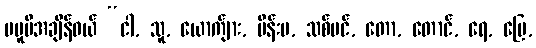
မမူမီအချိန်ဝယ် “ငါ, သူ, ယောက်ျား, မိန်းမ, သစ်ပင်, တော, တောင်, ရေ, မြေ,